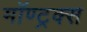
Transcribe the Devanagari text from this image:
मॉण्ट्रक्स